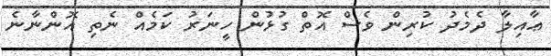
ޢާއިލާ ދެމެދު ކުރިން ވެސް އޮތް ގުޅުން ހީނަރު ކަމެއް ނެތި އޮންނާނެ